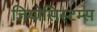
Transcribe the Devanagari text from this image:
जियोसिस्टम्स